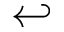
\hookleftarrow